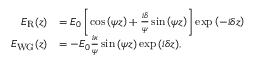
\begin{array} { r l } { E _ { \mathrm { R } } ( z ) } & { = E _ { 0 } \left[ \cos { \left( \psi z \right) } + \frac { i \delta } { \psi } \sin { \left( \psi z \right) } \right] \exp { \left( - i \delta z \right) } } \\ { E _ { \mathrm { W G } } ( z ) } & { = - E _ { 0 } \frac { i \kappa } { \psi } \sin { \left( \psi z \right) } \exp { \left( i \delta z \right) } , } \end{array}